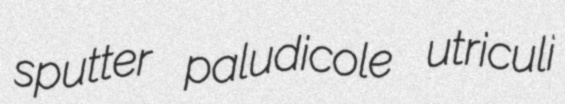
sputter paludicole utriculi